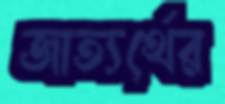
জাত্যর্থের